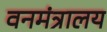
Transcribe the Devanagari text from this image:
वनमंत्रालय